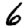
Digit: 6